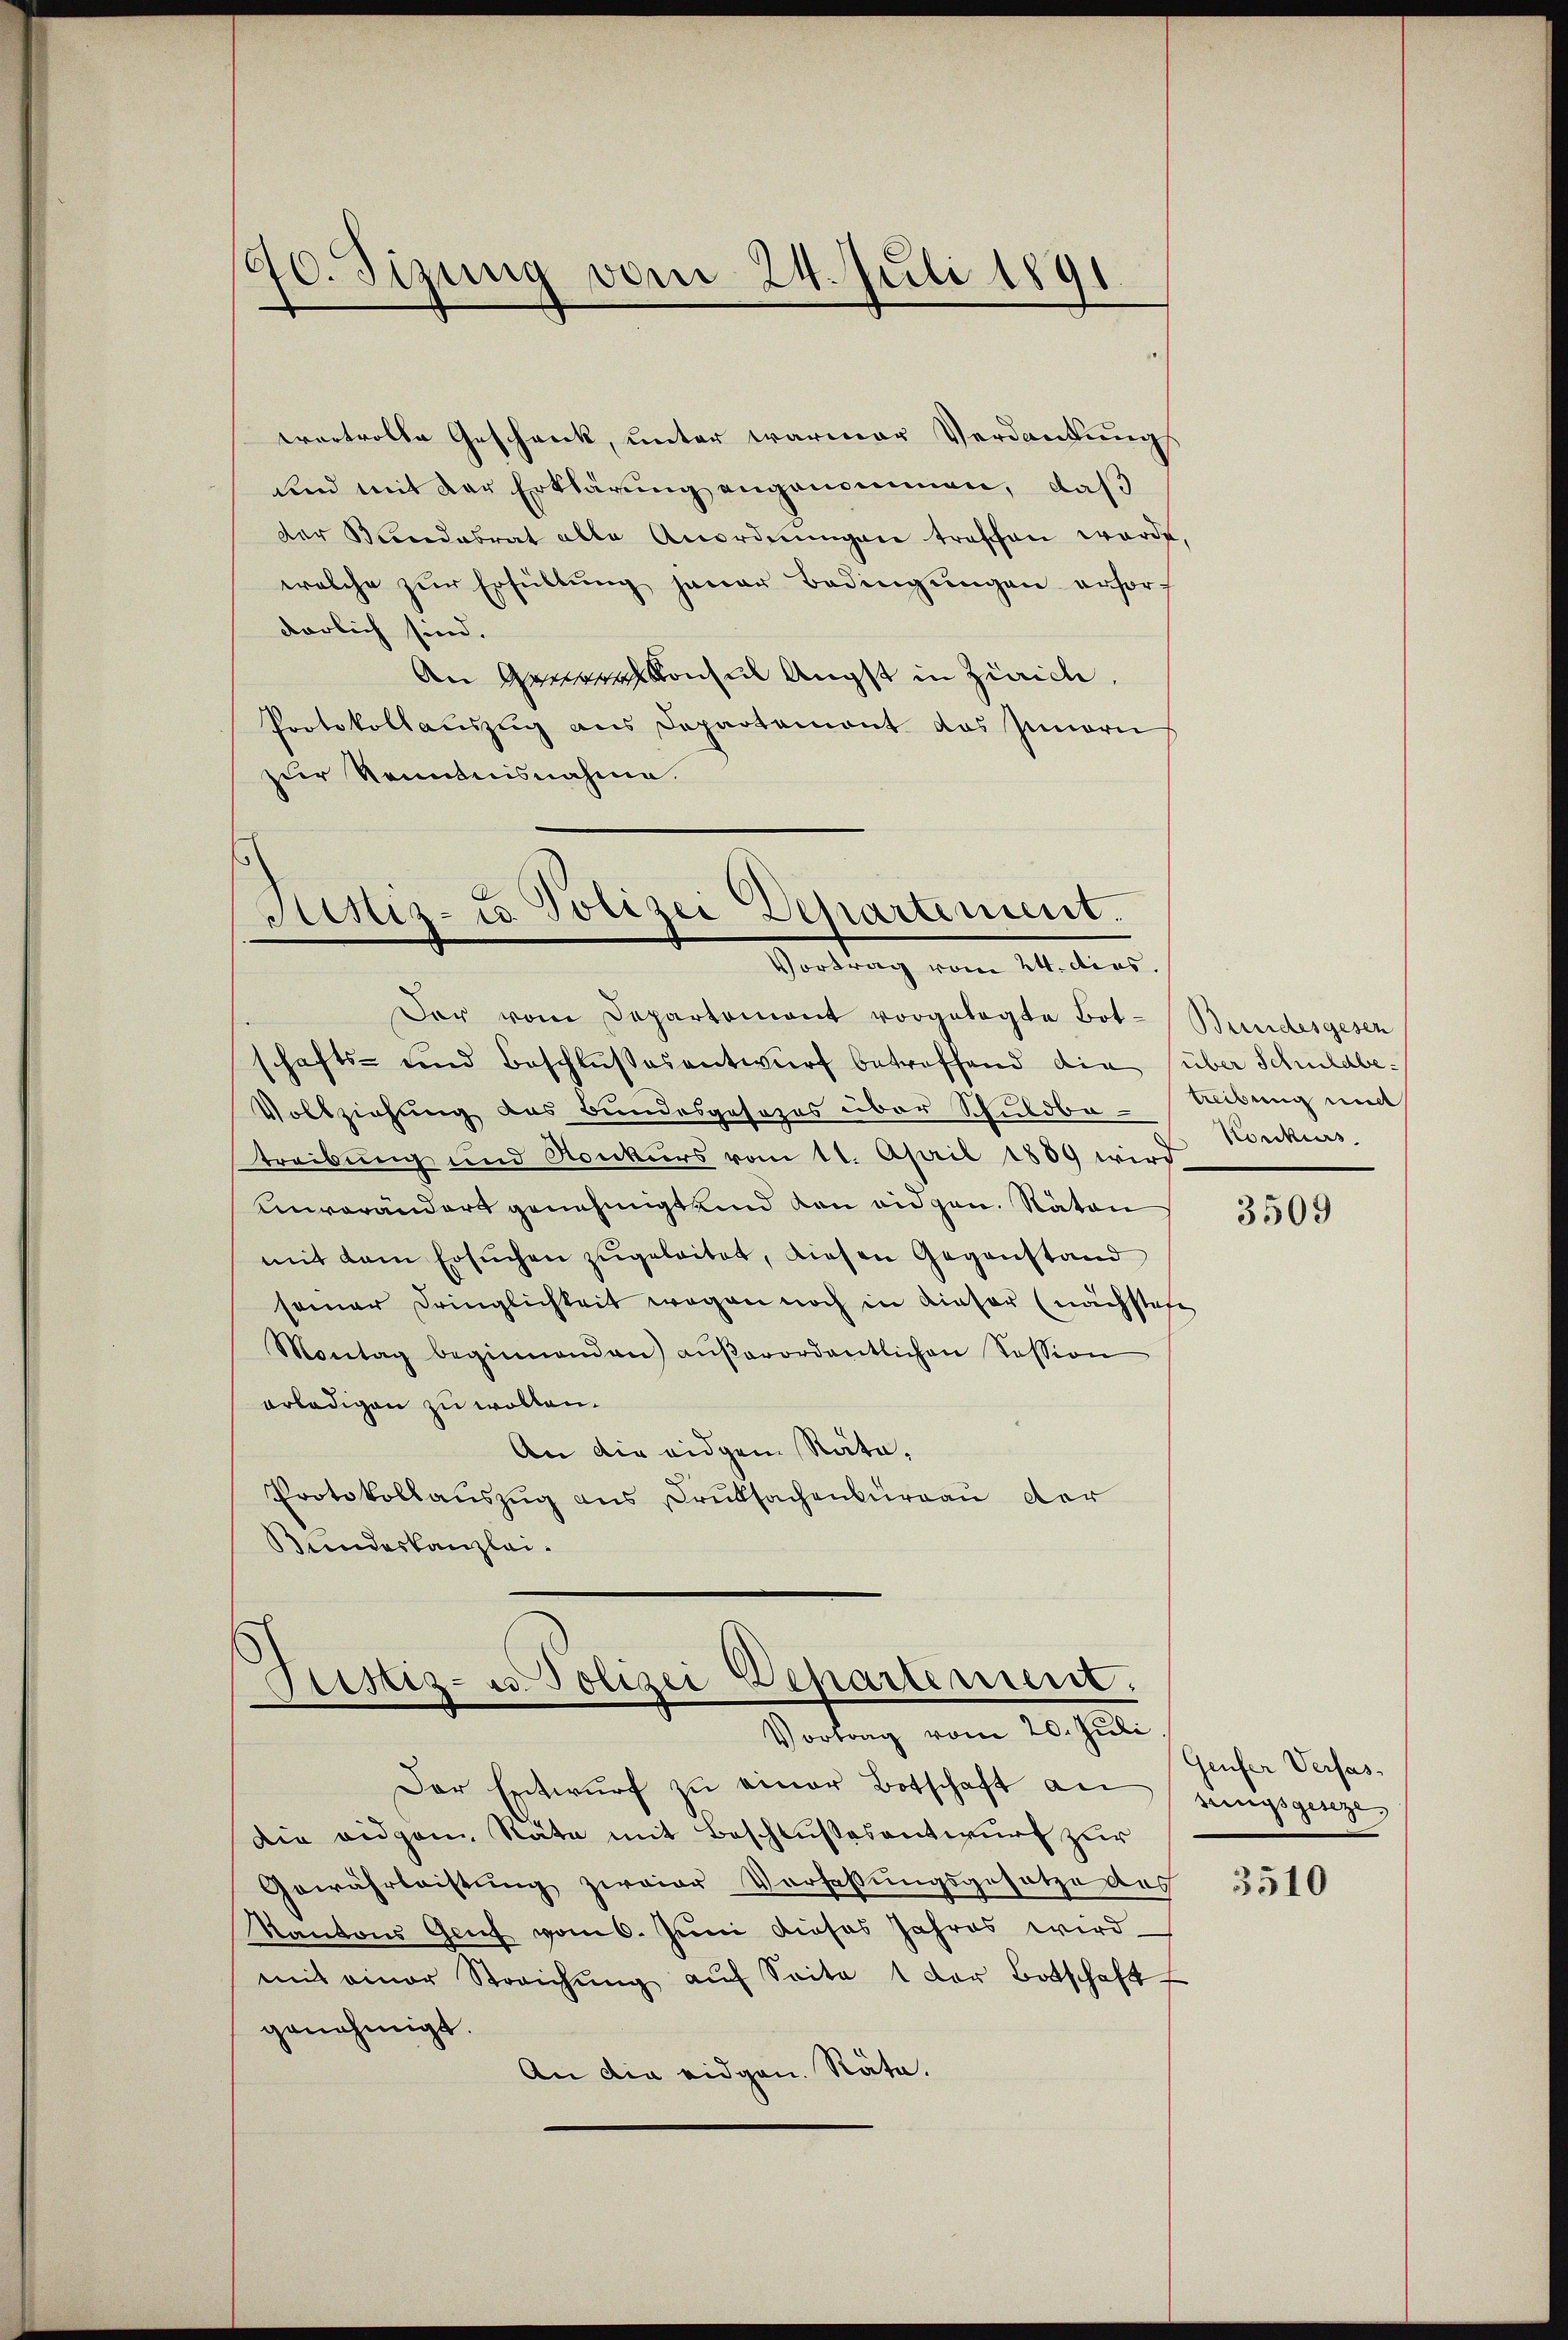
erartvolle Geschenk, unter warmer Verdankungs
und mit der Erklärung angenommen, daß
der Bandesrat alle Anordnŭngen treffen werde.
welche zur Erfüllung jener Bedingungen erforf
dörlich sind.
An Gener Konsen Angst in Zürich.
Protokollauszug aus Departement das Innern
zur Kenntnisnahme.

120. Sizung vom 24. Juli 1891

a
Sistiz- u Polizei Departement.
Vortrag vom 24. dies.

Der vom Departement vorgelegte Bot-Bundesgesen
schafts- und Beschlußesentwurf betreffend die über Schuldbe¬
Vollziehung des Bundesgesezes über Schuldba-Albung mit
treibung und Konkurs vom 11. April 1889 wird
unverändert genehmigt und den eidgen. Räten
mit dem Ersuchen zugeleitet, diesen Gegenstand
seiner Dringlichkeit wegen noch in dieser (nachstehe
Montag beginnenden aŭβerordentlichen Tession
erledigen zu wollen.
An die eidgen Räte,
Protokollauszug aus Druksachenburgau der
Bundeskanzlei.

Sistiz- u. Polizei Departement.
Vortrag vom 20. Juli

Der Entwŭrf zu einer Botschaft an singsgeseze
die eidgen. Räte mit Beschlußesentwurf zur
Gewährleistung zweier Verfassungsgesetze des
Kantons Genf vom 6. Juni dieses Jahres wird
mit einer Streichŭng aŭf Saite 1 der Botschaft
genehmigt.
An die eidgen. Räte.

Konkurs

3509

Geufer Verfas¬

3510